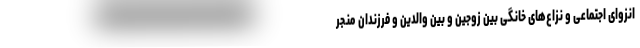
انزوای اجتماعی و نزاع‌های خانگی بین زوجین و بین والدین و فرزندان منجر